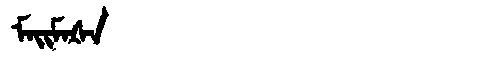
Manchu: ᠮᠠᡳᠮᠠᡧᠠ
Romanization: MAIMAŠA